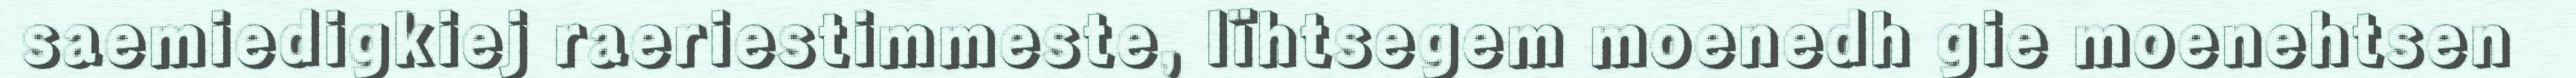
saemiedigkiej raeriestimmeste, lïhtsegem moenedh gie moenehtsen